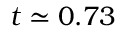
t \simeq 0 . 7 3